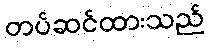
တပ်ဆင်ထားသည်